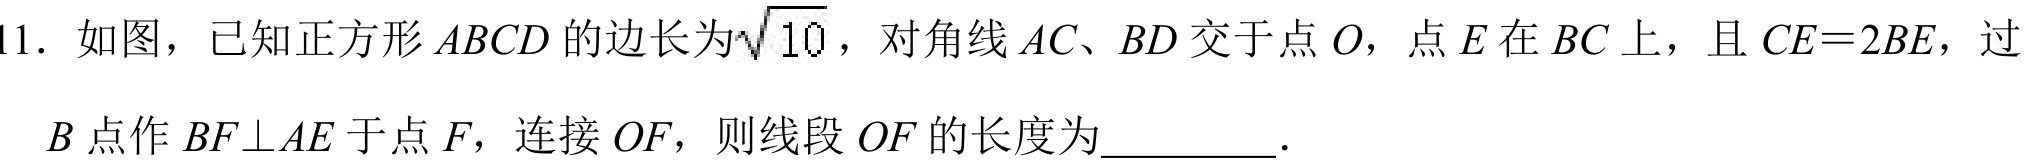
11. 如图，已知正方形\(ABCD\)的边长为\(\sqrt{10}\)，对角线\(AC、BD\)交于点\(O\)，点\(E\)在\(BC\)上，且\(CE = 2BE\)，过
\(B\)点作\(BF\perp AE\)于点\(F\)，连接\(OF\)，则线段\(OF\)的长度为\(\underline{\quad\quad}\).